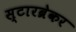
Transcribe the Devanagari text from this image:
स्टारब्रेकर